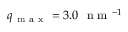
q _ { \mathrm { ~ m ~ a ~ x ~ } } = 3 . 0 \ \mathrm { ~ n ~ m ~ } ^ { - 1 }